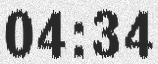
04:34